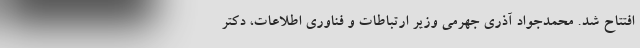
افتتاح شد. محمدجواد آذری جهرمی وزیر ارتباطات و فناوری اطلاعات، دکتر